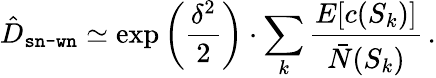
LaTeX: \hat{D}_{\texttt{sn-wn}}\simeq\exp\left(\frac{\delta^{2}}{2}\right)\cdot\sum_{k}\frac{E[c(S_{k})]}{\bar{N}(S_{k})}\, .